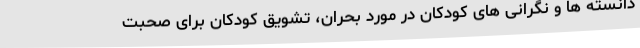
دانسته ها و نگرانی های کودکان در مورد بحران، تشویق کودکان برای صحبت